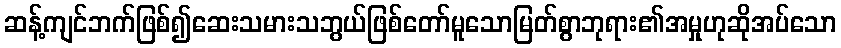
ဆန့်ကျင်ဘက်ဖြစ်၍ဆေးသမားသဘွယ်ဖြစ်တော်မူသောမြတ်စွာဘုရား၏အမှုဟုဆိုအပ်သော